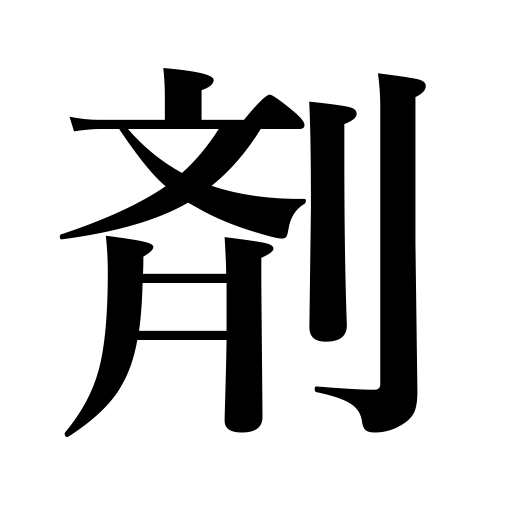
Meanings: drug,dose,medicine